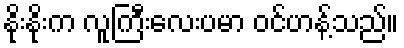
နိုးနိုးက လူကြီးလေးပမာ ဝင်ဟန့်သည်။